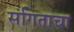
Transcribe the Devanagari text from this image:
संगिताचा